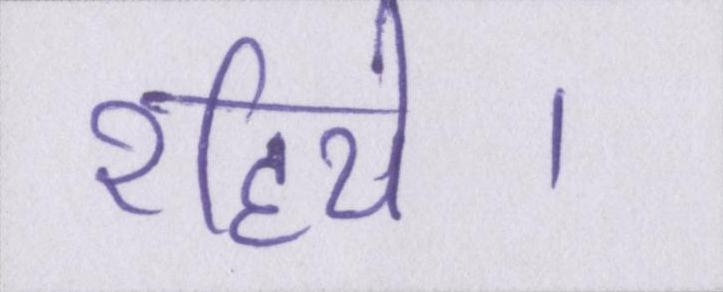
रहिये।